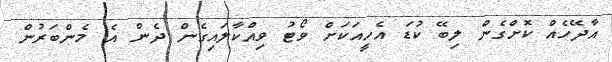
އާދޭހެއް ކޮށްގެން ލިބޭ ކުޑަ އެހީއަކަށް ވޯޓު ވިއްކާލައިގެން ދެން އެ މެންބަރުން